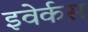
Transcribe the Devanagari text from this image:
इवेर्कस